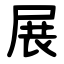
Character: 展